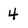
Character: 4